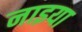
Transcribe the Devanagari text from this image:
नाइया